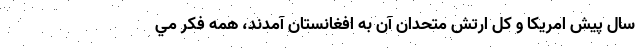
سال پيش امريكا و كل ارتش متحدان آن به افغانستان آمدند، همه فكر مي